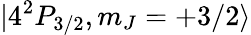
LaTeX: |4^{2}P_{3/2},m_{J}=+3/2\rangle